Lunatic asylums United Provinces 1909-1921 - 1909-1921
Year: 1909
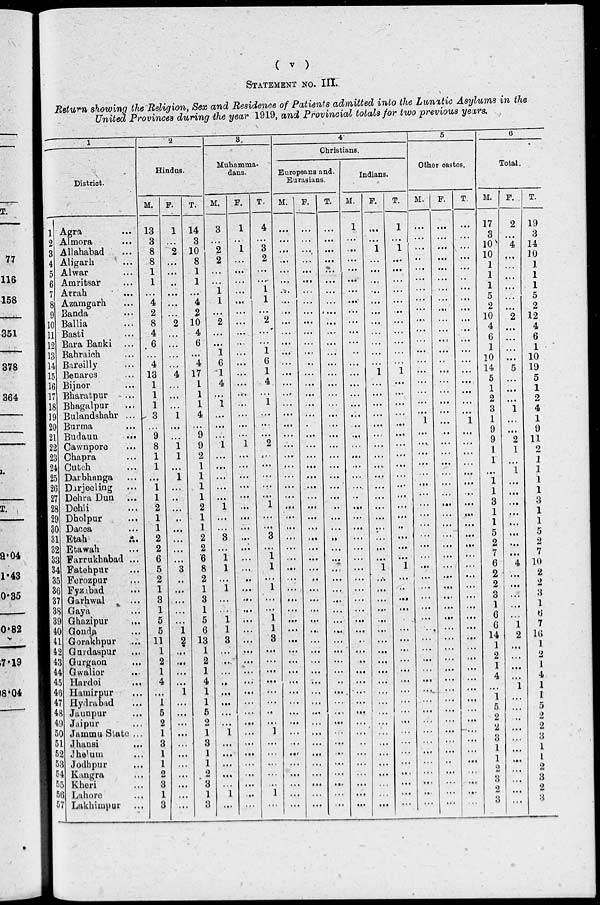
( v )
STATEMENT NO. III.
Return showing the Religion, Sex and Residence of Patients admitted into the Lunitic Asylums in the
United Provinces during the year 1919, and Provincial totals for two previous years.
1
District.
1
2
3
4
5
6
7
8
9
10
11
12
13
14
15
16
17
18
19
20
21
22
23
24
25
26
27
28
29
30
31
32
33
34
35
36
37
38
39
40
41
42
43
44
45
46
47
48
49
50
51
52
53
54
55
56
57
Agra ...
Almora ...
Allahabad ...
Aligarh ...
Alwar ...
Amritsar ...
Arrah ...
Azamgarh ...
Banda ...
Ballia ...
Basti ...
Bara Banki ...
Bahraich ...
Bareilly ...
Benares ...
Bijnor ...
Bharatpur ...
Bhagalpur ...
Bulandahahr ...
Burma ...
Budaun
...
Cawnpore ...
Chapra ...
Cutch ...
Darbhanga ...
Darjeeling ...
Dehra Dun ...
Dehli ...
Dholpur
...
Dacca ...
Etah ...
Etawah ...
Farrukhabad ...
Fatehpur ...
Ferozpur ...
Fyzabad ...
Garhwal ...
Gaya ...
Ghazipur ...
Gonda ...
Gorakhpur ...
Gurdaspur
...
Gurgaon ...
Gwalior
...
Hardoi ...
Hamirpur ...
Hydrabad ...
Jaunpur ...
Jaipur ...
Jammu State ...
Jhansi ...
Jhelum ...
Jodhpur ...
Kangra ...
Kheri ...
Lahore ...
Lakhimpur ...
2
Hindus.
M.
13
3
8
8
1
1
...
4
2
8
4
6
...
4
13
1
1
1
3
...
9
8
1
1
...
1
1
2
1
1
2
2
6
5
2
1
3
1
5
5
11
1
2
1
4
...
1
5
2
1
3
1
1
2
3
1
3
F.
1
...
2
...
...
..
...
...
...
2
...
...
...
...
4
...
...
...
1
...
...
1
1
...
1
...
...
...
...
...
...
...
...
3
...
...
...
...
...
1
2
...
...
...
...
1
...
...
...
...
...
...
...
...
...
...
...
T.
14
3
10
8
1
1
...
4
2
10
4
6
...
4
17
1
1
1
4
...
9
9
2
1
1
1
1
2
1
1
2
2
6
8
2
1
3
1
5
6
13
1
2
1
4
1
1
5
2
1
3
1
1
2
3
1
3
3
Muhamma-
dans.
M.
3
...
2
2
...
...
1
1
...
2
...
...
1
6
1
4
...
1
...
...
...
1
...
...
...
...
...
1
...
...
3
...
1
1
...
1
...
...
1
1
3
...
...
...
...
...
...
...
...
1
...
...
...
...
...
1
...
F.
1
...
1
...
...
...
...
...
...
...
...
...
...
...
...
...
...
...
...
...
...
1
...
...
...
...
...
...
...
...
...
...
...
...
...
...
...
...
...
...
...
...
...
...
...
...
...
...
...
...
...
...
...
...
...
...
...
T.
4
...
3
2
...
...
1
1
...
2
...
...
1
6
1
4
...
1
...
...
...
2
...
...
...
...
...
1
...
...
3
...
1
1
...
1
...
...
1
1
3
...
...
...
...
...
...
...
...
1
...
...
...
...
...
1
...
4
Christians.
Europeans and.
Eurasians.
M.
...
...
...
...
...
...
...
...
...
...
...
...
...
...
...
...
..
...
...
...
...
...
...
...
...
...
...
...
...
...
...
...
...
...
...
...
...
...
...
...
...
...
...
...
...
...
...
...
...
...
...
...
...
...
...
...
...
F.
...
...
...
...
...
...
...
...
...
...
...
...
...
...
...
...
...
...
...
...
...
...
...
...
...
...
...
...
...
...
...
...
...
...
...
...
...
...
...
...
...
...
...
...
...
...
...
...
...
...
...
...
...
...
...
...
T.
...
...
...
...
...
...
...
...
...
...
...
...
...
...
...
...
...
...
...
...
...
...
...
...
...
...
...
...
...
...
...
...
...
...
...
...
...
...
...
...
...
...
...
...
...
...
...
...
...
...
...
...
...
...
...
. . .
...
Indians.
M.
1
...
...
...
...
...
...
...
...
...
...
...
...
...
...
...
...
...
...
...
...
...
...
...
...
...
...
...
...
...
...
...
...
...
...
...
...
...
...
...
...
...
...
...
...
...
...
...
...
...
...
...
...
...
...
...
...
F.
...
1
...
...
...
...
...
...
...
...
...
...
...
1
...
...
...
...
...
...
...
...
...
...
...
...
...
...
...
...
...
...
1
...
...
...
...
...
...
...
...
...
...
...
...
...
...
...
...
...
...
...
...
...
...
T.
1
...
1
...
...
...
....
...
...
...
...
...
...
...
1
...
...
...
...
...
...
...
...
...
...
...
...
...
...
...
...
...
1
...
..
...
...
...
...
...
...
...
...
...
...
...
...
...
...
...
...
...
...
...
...
...
5
Other castes.
M.
...
...
...
..
...
...
...
...
...
...
...
...
...
...
...
...
...
...
...
1
...
...
...
...
...
...
...
...
...
...
...
...
...
...
...
...
...
...
...
...
....
...
...
...
...
...
...
...
...
...
...
...
...
...
...
...
F.
...
...
...
...
....
...
...
...
...
...
...
...
...
..
...
...
...
...
...
...
...
...
...
...
...
...
...
...
...
...
...
...
...
...
...
...
...
...
...
...
...
...
...
...
...
...
...
...
...
...
...
...
...
...
...
...
T.
...
...
...
...
...
...
...
...
...
...
...
...
...
...
...
...
...
...
...
1
...
...
...
...
...
...
...
...
...
...
...
...
...
...
...
...
...
...
...
...
...
...
...
...
...
...
...
...
...
...
...
...
...
...
...
...
...
6
Total.
M.
17
3
10
10
1
1
1
5
2
10
4
6
1
10
14
5
1
2
3
1
9
9
1
1
...
1
1
3
1
1
5
2
7
6
2
2
3
1
6
6
14
1
2
1
4
...
1
5
2
2
3
1
1
2
3
2
3
F.
2
...
4
...
...
...
...
...
...
2
...
...
...
5
...
...
...
1
...
...
2
1
...
1
...
...
...
...
...
...
...
...
4
...
...
...
...
1
2
...
...
...
...
1
...
...
...
...
...
...
...
...
...
...
...
T.
19
3
14
10
1
1
1
5
2
12
4
6
1
10
19
5
1
2
4
1
9
11
2
1
1
1
1
3
1
1
5
2
7
10
2
2
3
1
6
7
16
1
2
1
4
1
1
5
2
2
3
1
1
2
3
2
3